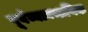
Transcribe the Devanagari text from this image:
पूर्वव्यावसायिक